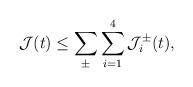
LaTeX: \begin{align*}\mathcal{J}(t)\leq \sum_{\pm}\sum^4_{i=1}\mathcal{J}^{\pm}_i(t),\end{align*}